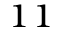
_ { 1 1 }